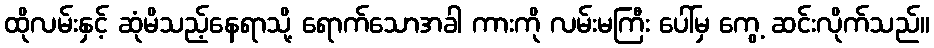
ထိုလမ်းနှင့် ဆုံမိသည့်နေရာသို့ ရောက်သောအခါ ကားကို လမ်းမကြီး ပေါ်မှ ကွေ့ ဆင်းလိုက်သည်။